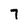
Character: 7